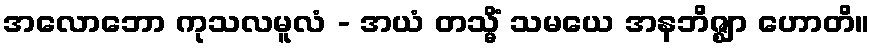
အလောဘော ကုသလမူလံ - အယံ တသ္မိံ သမယေ အနဘိဇ္ဈာ ဟောတိ။